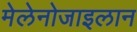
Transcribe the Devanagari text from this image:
मेलेनोजाइलान